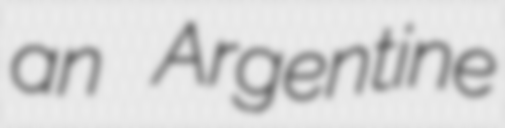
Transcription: an Argentine